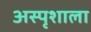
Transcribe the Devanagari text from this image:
अस्पृशाला